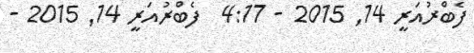
ފެބްރުއަރީ 14